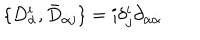
\{ D _ { \alpha } ^ { i } , \bar { D } _ { \dot { \alpha } j } \} = i \delta _ { j } ^ { i } \partial _ { \alpha \dot { \alpha } }